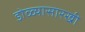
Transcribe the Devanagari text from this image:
डोळ्यासारखी